Malaria in the Duars
Disease focus: Malaria
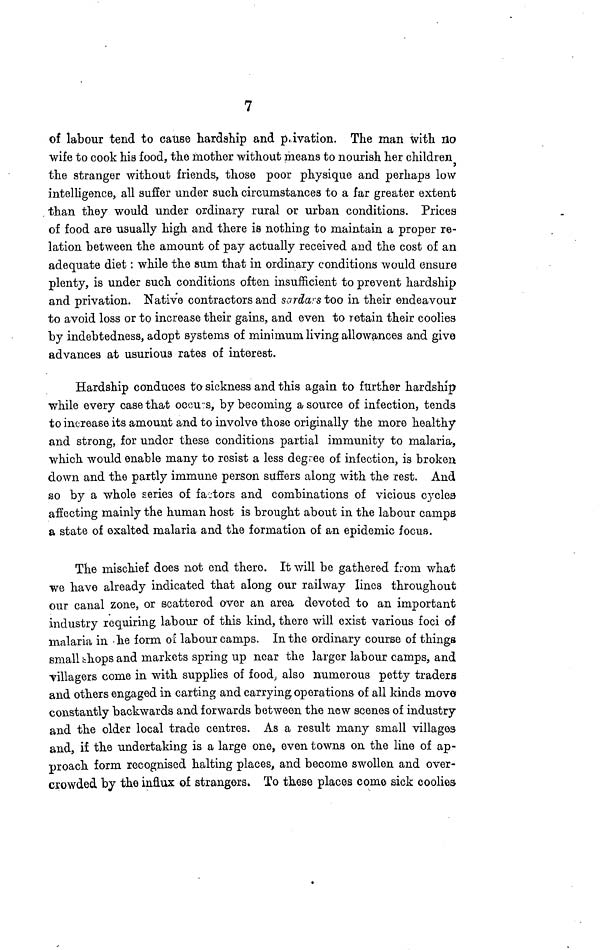
7
of labour tend to cause hardship and p\ill\ivation. The man with no
wife to cook his food, the mother without means to nourish her children
the stranger without friends, those poor physique and perhaps low
intelligence, all suffer under such circumstances to a far greater extent
than they would under ordinary rural or urban conditions. Prices
of food are usually high and there is nothing to maintain a proper re-
lation between the amount of pay actually received and the cost of an
adequate diet: while the sum that in ordinary conditions would ensure
plenty, is under such conditions often insufficient to prevent hardship
and privation. Native contractors and sardars too in their endeavour
to avoid loss or to increase their gains, and even to retain their coolies
by indebtedness, adopt systems of minimum living allowances and give
advances at usurious rates of interest.
Hardship conduces to sickness and this again to further hardship
while every case that occurs, by becoming a source of infection, tends
to increase its amount and to involve those originally the more healthy
and strong, for under these conditions partial immunity to malaria,
which would enable many to resist a less degree of infection, is broken
down and the partly immune person suffers along with the rest. And
so by a whole series of factors and combinations of vicious cycles
affecting mainly the human host is brought about in the labour camps
a state of exalted malaria and the formation of an epidemic focus.
The mischief does not end there. It will be gathered from what
we have already indicated that along our railway lines throughout
our canal zone, or scattered over an area devoted to an important
industry requiring labour of this kind, there will exist various foci of
malaria in the form of labour camps. In the ordinary course of things
small shops and markets spring up near the larger labour camps, and
villagers come in with supplies of food, also numerous petty traders
and others engaged in carting and carrying operations of all kinds move
constantly backwards and forwards between the new scenes of industry
and the older local trade centres. As a result many small villages
and, if the undertaking is a large one, even towns on the line of ap-
proach form recognised halting places, and become swollen and over-
crowded by the influx of strangers. To these places come sick coolies